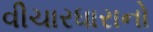
વીચારધારાનો